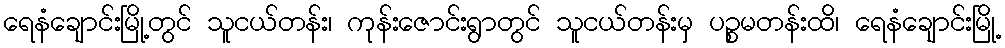
ရေနံချောင်းမြို့တွင် သူငယ်တန်း၊ ကုန်းဇောင်းရွာတွင် သူငယ်တန်းမှ ပဉ္စမတန်းထိ၊ ရေနံချောင်းမြို့